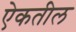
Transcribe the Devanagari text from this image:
ऐकतील